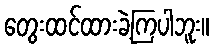
တွေးထင်ထားခဲ့ကြပါဘူး။